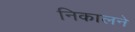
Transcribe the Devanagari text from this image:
निकालने